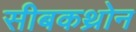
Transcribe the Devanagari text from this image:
सीबकथ्रोन